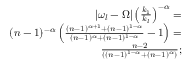
\begin{array} { r } { | \omega _ { l } - \Omega | \left( \frac { k _ { 1 } } { k _ { l } } \right) ^ { - \alpha } = } \\ { ( n - 1 ) ^ { - \alpha } \left( \frac { ( n - 1 ) ^ { \alpha + 1 } + ( n - 1 ) ^ { 1 - \alpha } } { ( n - 1 ) ^ { \alpha } + ( n - 1 ) ^ { 1 - \alpha } } - 1 \right) = } \\ { \frac { n - 2 } { ( ( n - 1 ) ^ { 1 - \alpha } + ( n - 1 ) ^ { \alpha } ) } ; } \end{array}